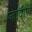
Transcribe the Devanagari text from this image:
न्हावीण